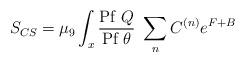
LaTeX: \begin{align*} S_{CS} = \mu_9 \int_x {\mbox{Pf}~Q\over \mbox{Pf}~\theta}~\sum_n C^{(n)} e^{F + B}\end{align*}